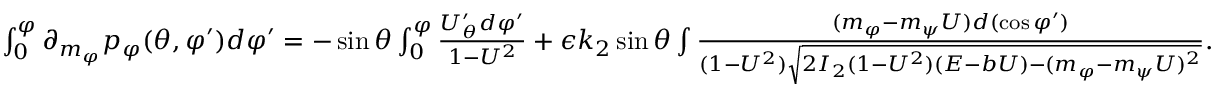
\begin{array} { r } { \int _ { 0 } ^ { \varphi } \partial _ { m _ { \varphi } } p _ { \varphi } ( \theta , \varphi ^ { \prime } ) d \varphi ^ { \prime } = - \sin \theta \int _ { 0 } ^ { \varphi } \frac { U _ { \theta } ^ { \prime } d \varphi ^ { \prime } } { 1 - U ^ { 2 } } + \epsilon k _ { 2 } \sin \theta \int \frac { ( m _ { \varphi } - m _ { \psi } U ) d ( \cos \varphi ^ { \prime } ) } { ( 1 - U ^ { 2 } ) \sqrt { 2 I _ { 2 } ( 1 - U ^ { 2 } ) ( E - b U ) - ( m _ { \varphi } - m _ { \psi } U ) ^ { 2 } } } . } \end{array}